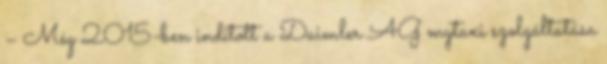
– Még 2015-ben indított a Daimler AG mytaxi szolgáltatása